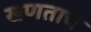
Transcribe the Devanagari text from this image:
खणताच